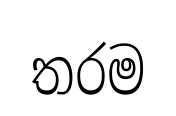
තරම